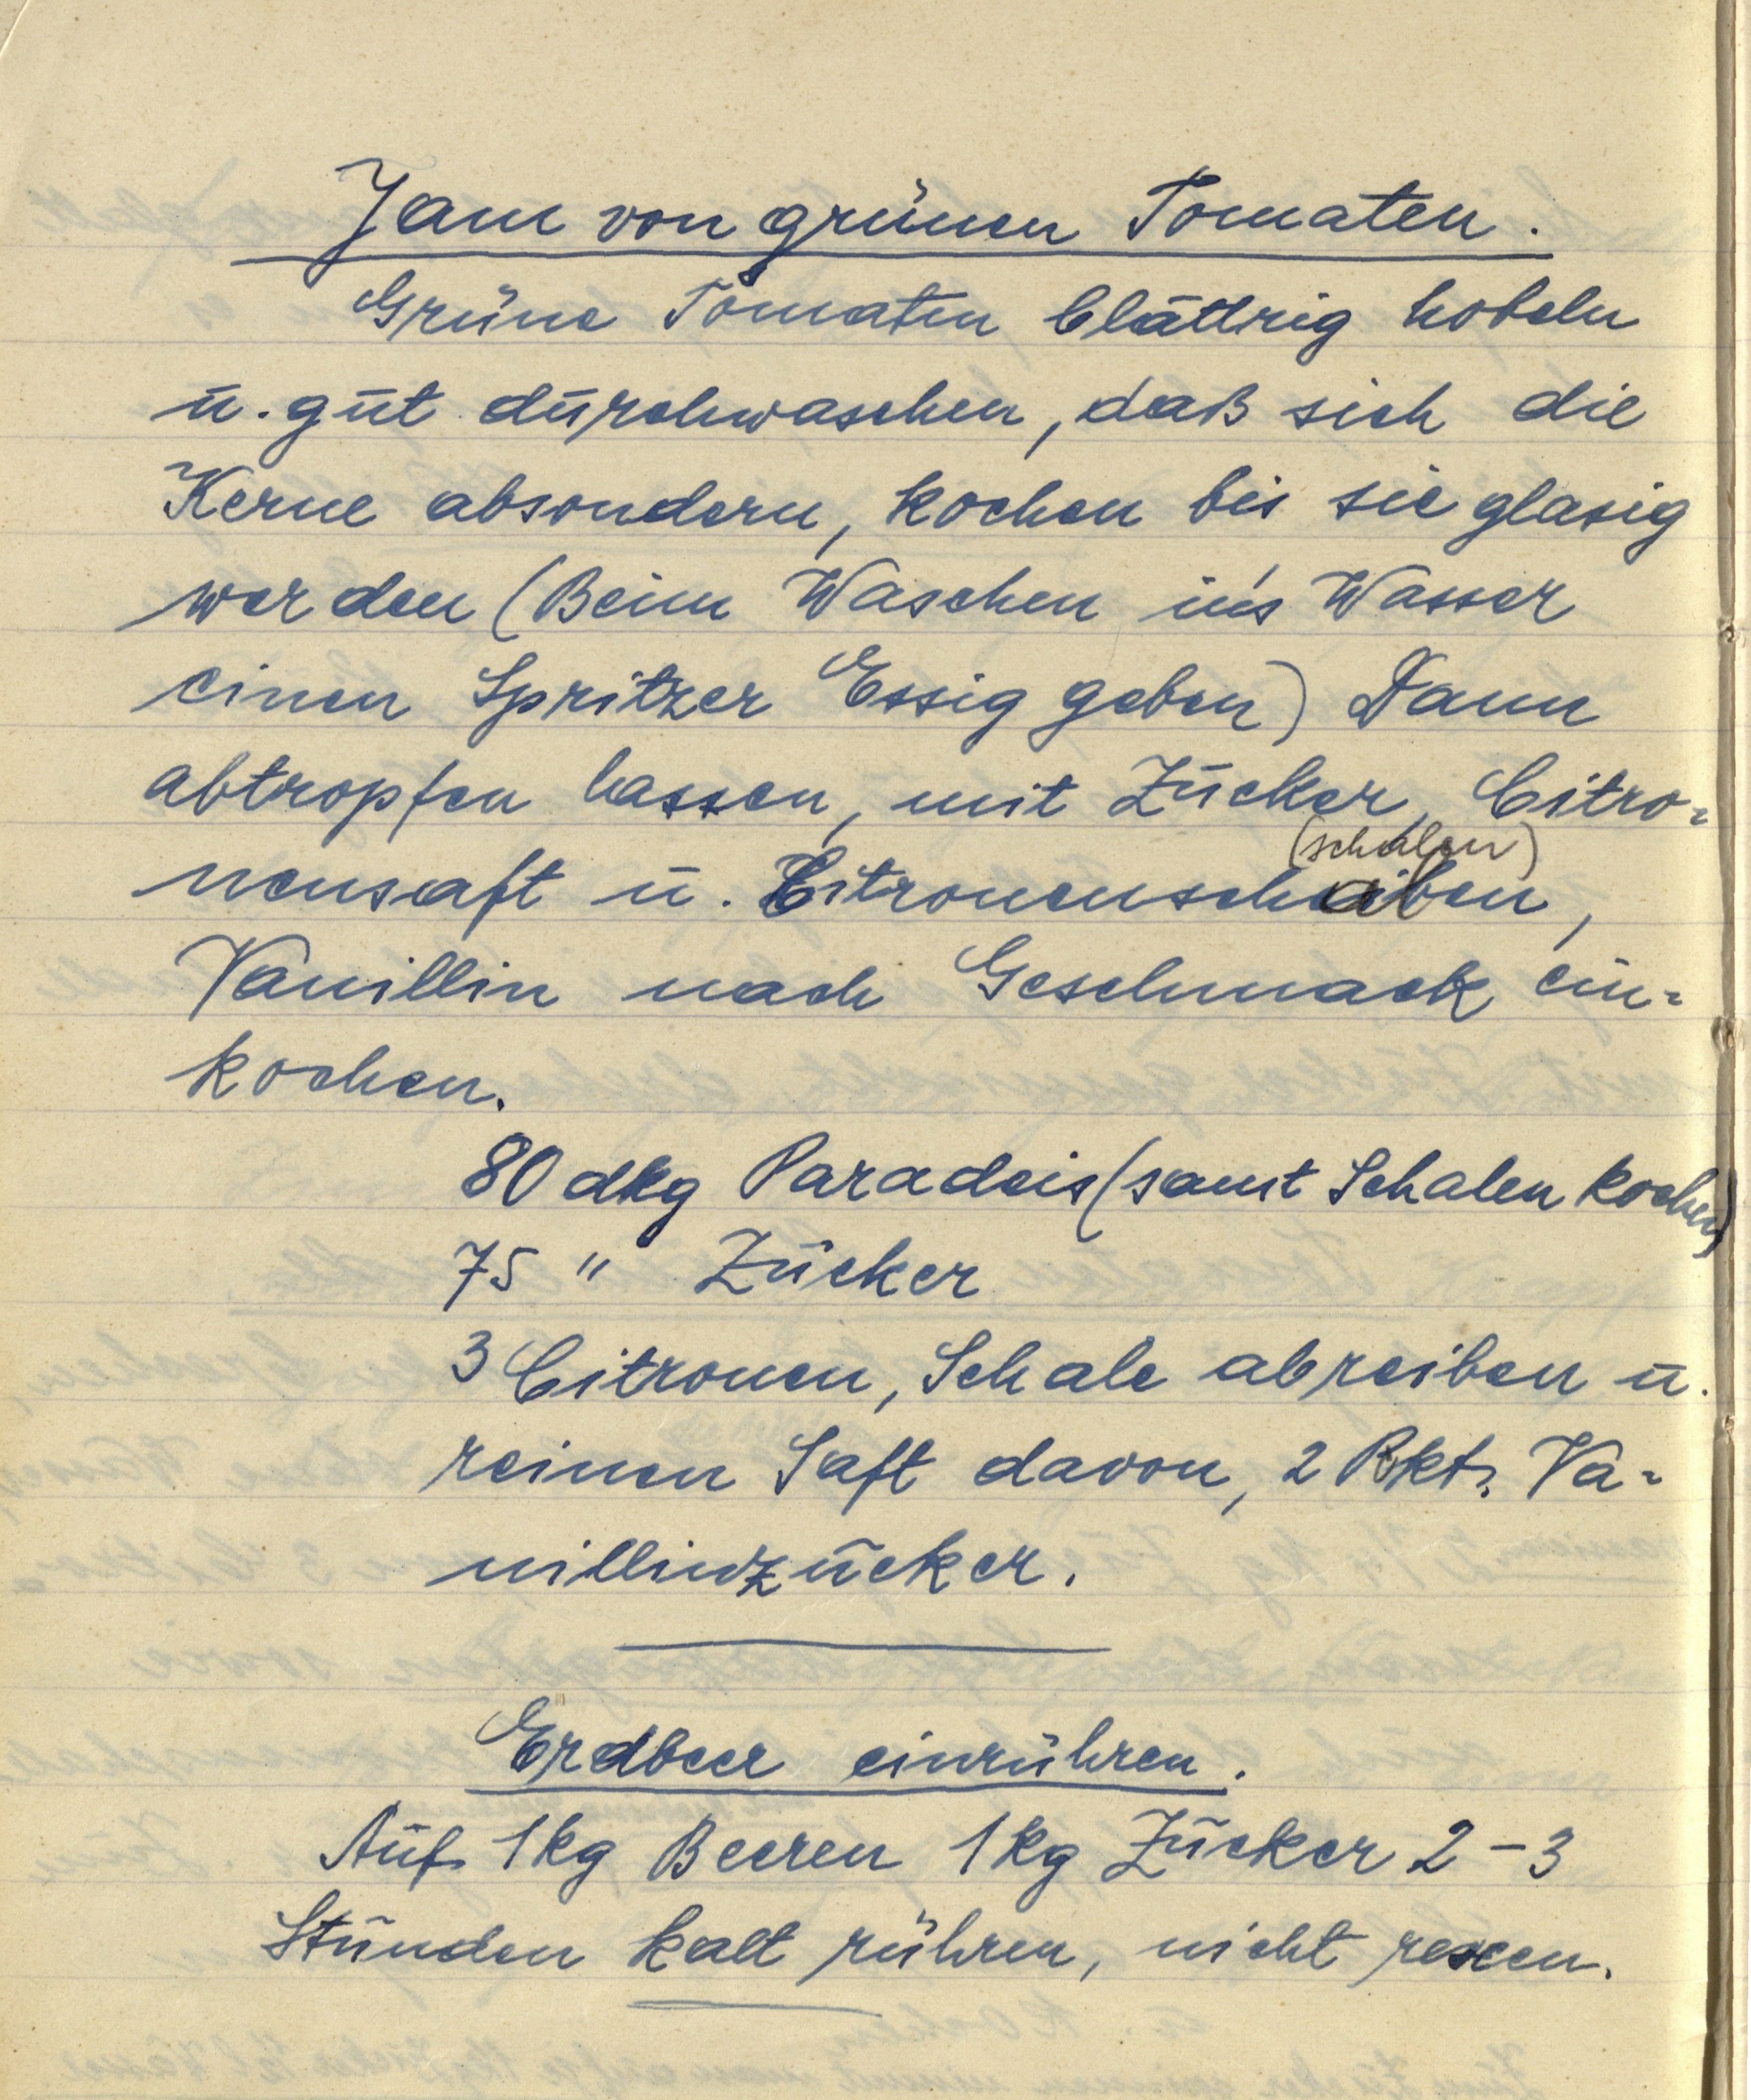
Jam von grünen Tomaten.
Grüne Tomaten blättrig hobeln
u. gut durchwaschen, daß sich die
Kerne absondern, kochen bis sie glasig
werden (Beim Waschen in's Wasser
einen Spritzer Essig geben) Dann
abtropfen lassen, mit Zucker, Citro¬
nensaft u. Citronenscheibalen(schalen),
Vanillin nach Geschmack ein¬
kochen.

80 dkg Paradeis (samt Schalen kochen)
75 " Zucker
3 Citronen, Schale abreiben u.
reinen Saft davon, 2 Pkt. Va¬
nillinzucker.

Erdbeer einrühren.
Auf 1 kg Beeren 1 kg Zucker 2-3
Stunden kalt rühren, nicht rexen